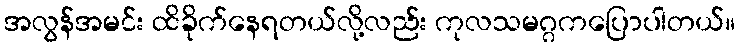
အလွန်အမင်း ထိခိုက်နေရတယ်လို့လည်း ကုလသမဂ္ဂကပြောပါတယ်။